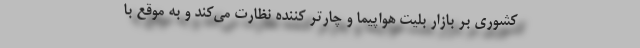
کشوری بر بازار بلیت هواپیما و چارتر کننده نظارت می‌کند و به موقع با